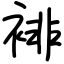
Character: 裶